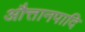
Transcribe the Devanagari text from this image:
औत्तानपादि